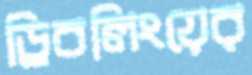
ড্রিবলিংয়ের